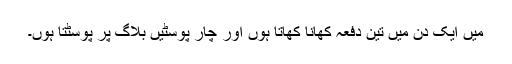
میں ایک دن میں تین دفعہ کھانا کھاتا ہوں اور چار پوسٹیں بلاگ پر پوسٹتا ہوں۔